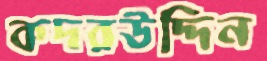
কদরউদ্দিন